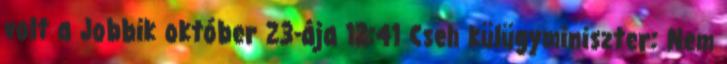
volt a Jobbik október 23-ája 12:41 Cseh külügyminiszter: Nem